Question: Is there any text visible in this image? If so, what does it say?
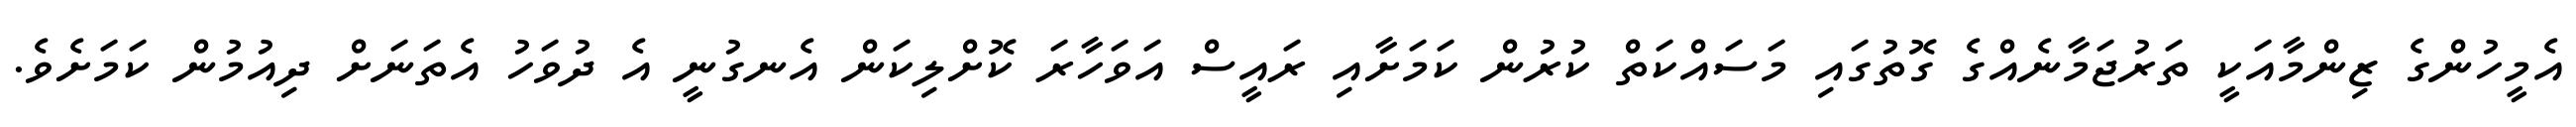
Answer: އެމީހުންގެ ޒިންމާއަކީ ތަރުޖަމާނެއްގެ ގޮތުގައި މަސައްކަތް ކުރުން ކަމަށާއި ރައީސް އަވަހާރަ ކޮށްލިކަން އެނގުނީ އެ ދުވަހު އެތަނަށް ދިއުމުން ކަމަށެވެ.